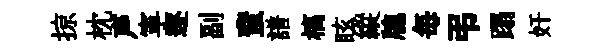
掠枕声寕逐副蜚譜槁眩縱牕毎弔蹋奸